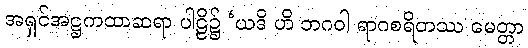
အရှင်အဋ္ဌကထာဆရာ ပါဠိ၌ ‘ယဒိ ဟိ ဘဂဝါ ရာဂစရိတဿ မေတ္တာ